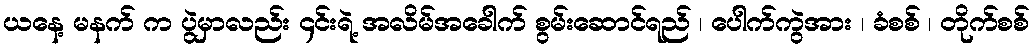
ယနေ့ မနက် က ပွဲမှာလည်း ၄င်းရဲ့ အလိမ်အခေါက် စွမ်းဆောင်ရည် ၊ ပေါက်ကွဲအား ၊ ခံစစ် ၊ တိုက်စစ်